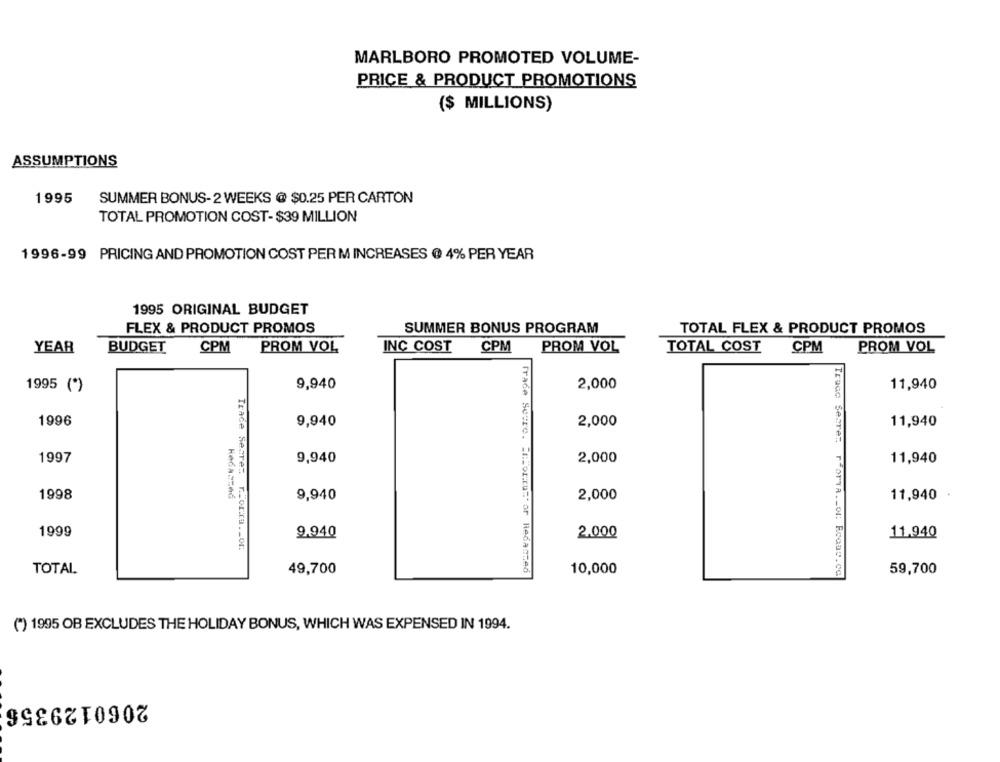
MARLBORO PROMOTED VOLUME-
PRICE & PRODUCT PROMOTIONS
($ MILLIONS)
ASSUMPTIONS
1995
SUMMER BONUS-2 WEEKS @ $0.25 PER CARTON
TOTAL PROMOTION COST-$39 MILLION
1996-99 PRICING AND PROMOTION COST PER M INCREASES @ 4% PER YEAR
1995 ORIGINAL BUDGET
FLEX & PRODUCT PROMOS
SUMMER BONUS PROGRAM
TOTAL FLEX & PRODUCT PROMOS
YEAR
BUDGET
CPM PROM VOL
INC COST CPM PROM VOL
TOTAL COST
CPM
PROM VOL
1995 (*)
9,940
2,000
11,940
1996
9,940
2,000
11,940
1997
9,940
2,000
11,940
1998
9,940
2,000
11,940
1999
9.940
2.000
11.940
Trade Secret r.Sorry .. or
TOTAL
49,700
Trade Secre. EtFortrust or liedanced
10,000
Truco Secre: rforva ._ or Rodas.co
59,700
(*) 1995 OB EXCLUDES THE HOLIDAY BONUS, WHICH WAS EXPENSED IN 1994.
2060129356